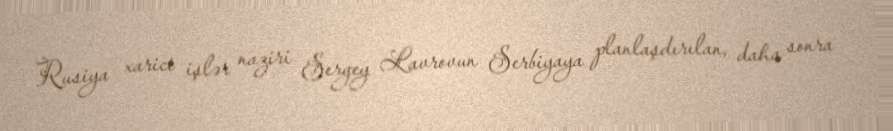
Rusiya xarici işlər naziri Sergey Lavrovun Serbiyaya planlaşdırılan, daha sonra